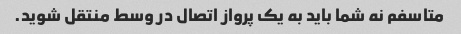
متاسفم نه شما باید به یک پرواز اتصال در وسط منتقل شوید.